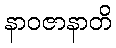
နာဝဇာနာတိ